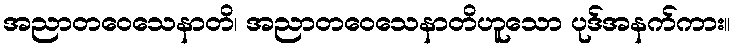
အညာတဝေသေနာတိ၊ အညာတဝေသေနာတိဟူသော ပုဒ်အနက်ကား။